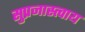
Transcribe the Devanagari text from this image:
सुप्रजास्त्वाय